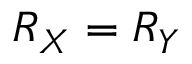
R _ { X } = R _ { Y }